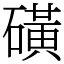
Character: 磺